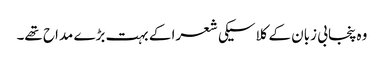
وہ پنجابی زبان کے کلاسیکی شعرا کے بہت بڑے مداح تھے۔